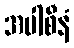
အပါစီနံ